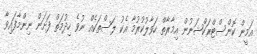
އަމީން ކޮންސްޓްރަކްޝަނުން އިމާރާތް ހަވާލުކުރުމާ އެކު ލަސްތަކެއް ނުވެ ހިދުމަތް ފަށަން ނިންމާފައިވާ